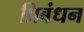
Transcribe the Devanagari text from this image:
प्रिबंधन